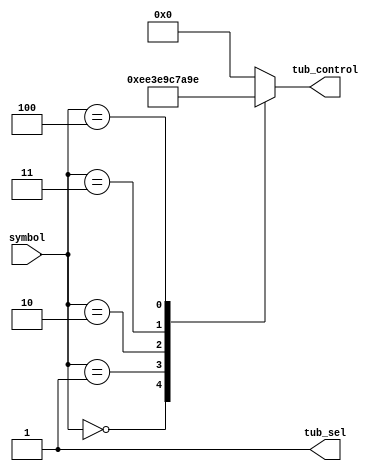
`timescale 1ns / 1ps
//////////////////////////////////////////////////////////////////////////////////
// Company: 
// Engineer: 
// 
// Design Name: 
// Module Name: TOOB
// Project Name: 
// Target Devices: 
// Tool Versions: 
// Description: 
// 
// Dependencies: 
// 
// Revision:
// Revision 0.01 - File Created
// Additional Comments:
// 
//////////////////////////////////////////////////////////////////////////////////


module TOOB(
input [4:0] symbol,
output tub_sel,
output reg [7:0] tub_control
    );
    assign tub_sel = 1'b1;
    
    always @(*) begin
        case(symbol)
        5'b00000: tub_control = 8'b11101110;
         5'b00001: tub_control = 8'b00111110;
         5'b00010: tub_control = 8'b10011100;
         5'b00011: tub_control = 8'b01111010;
         5'b00100: tub_control = 8'b10011110;
        default:
        tub_control = 8'b00000000;
        endcase
        end
endmodule